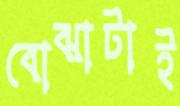
বোঝাটাই